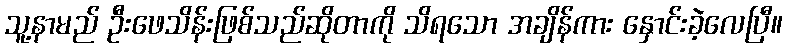
သူ့နာမည် ဦးဖေသိန်းဖြစ်သည်ဆိုတာကို သိရသော အချိန်ကား နှောင်းခဲ့လေပြီ။